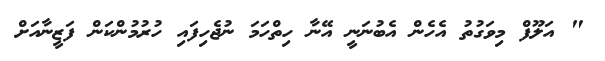
" އަލޫފް މިވަގުތު އެހެން އެބުނަނީ އޭނާ ހިތްހަމަ ނުޖެހިފައި ހުރުމުންކަން ފަޒީނާއަށް